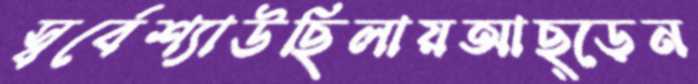
স্বর্বেশ্যাউছিলায়আছ্‌ড়েন